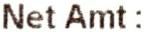
NET AMT :